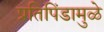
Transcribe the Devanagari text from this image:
प्रतिपिंडामुळे